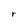
Character: r